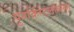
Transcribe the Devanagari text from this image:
पुनर्क्रिस्टलीकरण